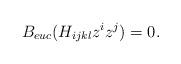
LaTeX: \begin{align*}B_{euc} (H_{ijkl} z^i z^j) = 0.\end{align*}